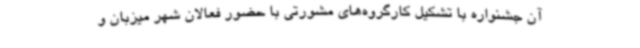
آن جشنواره با تشکیل کارگروه‌های مشورتی با حضور فعالان شهر میزبان و